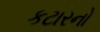
કટારનો